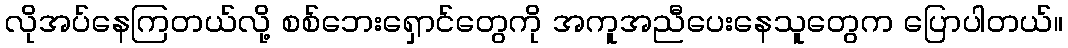
လိုအပ်နေကြတယ်လို့ စစ်ဘေးရှောင်တွေကို အကူအညီပေးနေသူတွေက ပြောပါတယ်။